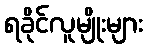
ရခိုင်လူမျိုးများ